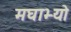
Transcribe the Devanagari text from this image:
मघाभ्यो